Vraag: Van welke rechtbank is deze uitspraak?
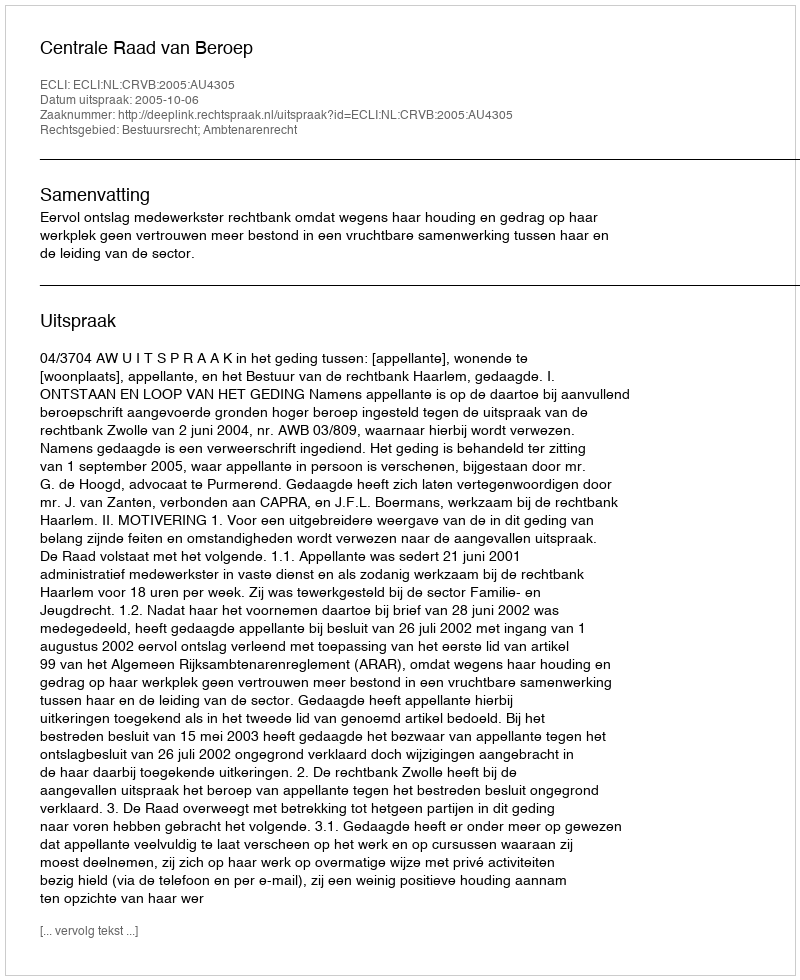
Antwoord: Centrale Raad van Beroep